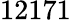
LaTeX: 12171